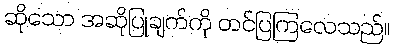
ဆိုသော အဆိုပြုချက်ကို တင်ပြကြလေသည်။